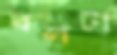
ধলটা